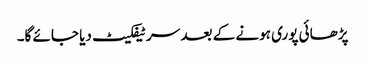
پڑھائی پوری ہونے کے بعد سرٹیفکیٹ دیا جائے گا۔